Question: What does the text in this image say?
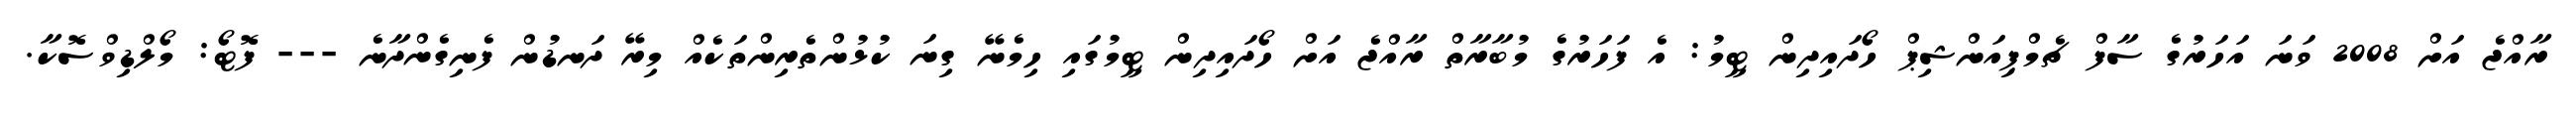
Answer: ރާއްޖެ އަށް 2008 ވަނަ އަހަރުގެ ސާފް ޗެމްޕިއަންޝިޕް ހޯދައިދިން ޓީމު: އެ ފަހަރުގެ މުބާރާތް ރާއްޖެ އަށް ހޯދައިދިން ޓީމުގައި ހިމެނޭ ގިނަ ކުޅުންތެރިންތަކެއް މިރޭ ދަނޑުން ފެނިގެންދާނެ --- ފޮޓޯ: މޯލްޑިވްސޮކާ.